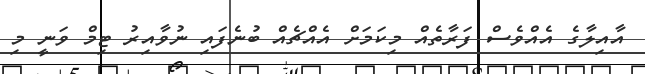
އާއިލާގެ އެއްވެސް ފަރާތެއް މިކަމަށް އެއްޗެއް ބުނެފައި ނުވާއިރު ޓިމް ވަނީ މި